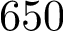
6 5 0